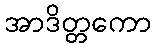
အာဒိတ္တကော